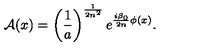
{ \cal A } ( x ) = \left( \frac { 1 } { a } \right) ^ { \frac { 1 } { 2 n ^ { 2 } } } e ^ { \frac { i \beta _ { 0 } } { 2 n } \phi ( x ) } .